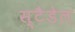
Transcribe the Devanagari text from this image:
स्टैडेल